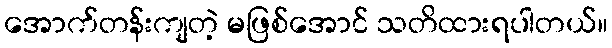
အောက်တန်းကျတဲ့ မဖြစ်အောင် သတိထားရပါတယ်။